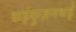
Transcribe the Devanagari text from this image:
कईकुज़नथई